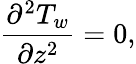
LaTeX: \frac{\partial^{2}T_{w}}{\partial z^{2}}=0,